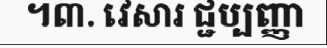
។៣. វេសារ ជ្ជប្បញ្ញា